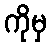
ကိုမှ